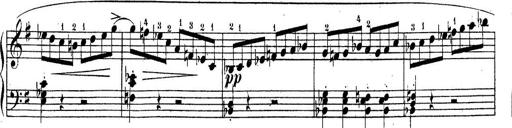
Title: Piano Sonatine No.2
Composer: Peter Piel
Key: G major